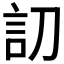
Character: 𰴩